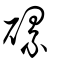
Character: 𥗼